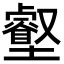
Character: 𡓝